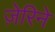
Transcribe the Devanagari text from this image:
ज़ेरिने